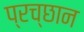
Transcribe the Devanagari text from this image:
प्रच्छान